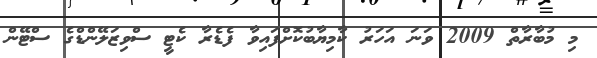
މި މުބާރާތް 2009 ވަނަ އަހަރު ކާމިޔާބުކޮށްފައިވާ ފެޑެރާ ކެޓީ ސްވިޒަލޭންޑްގެ ސްޓޭން